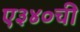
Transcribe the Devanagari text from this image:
ए३४०ची